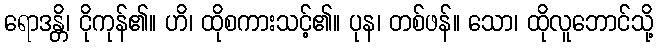
ရောဒန္တိ၊ ငိုကုန်၏။ ဟိ၊ ထိုစကားသင့်၏။ ပုန၊ တစ်ဖန်။ သော၊ ထိုလူဘောင်သို့